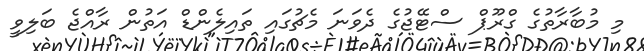
މި މުބާރާތުގެ ގްރޫޕް ސްޓޭޖުގެ ދެވަނަ މެޗުގައި ތައިލެންޑް އަތުން ރާއްޖެ ބަލިވީ